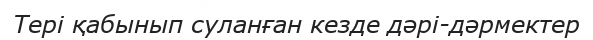
Тері қабынып суланған кезде дәрі-дәрмектер